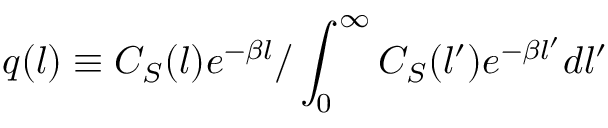
q ( l ) \equiv C _ { S } ( l ) e ^ { - \beta l } / \int _ { 0 } ^ { \infty } C _ { S } ( l ^ { \prime } ) e ^ { - \beta l ^ { \prime } } d l ^ { \prime }